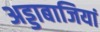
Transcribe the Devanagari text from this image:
अड्डाबाजियां